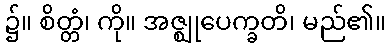
၌။ စိတ္တံ၊ ကို။ အဇ္ဈုပေက္ခတိ၊ မည်၏။